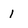
Character: i